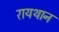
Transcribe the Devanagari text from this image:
रायथान